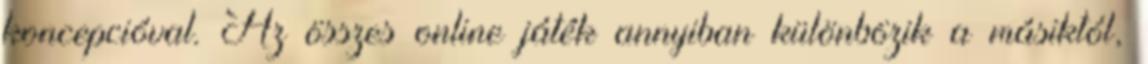
koncepcióval. Az összes online játék annyiban különbözik a másiktól,